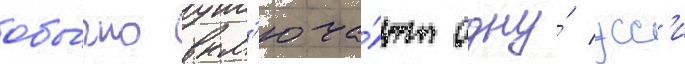
обы́чно вкл'юча́ют одну́ усс'и